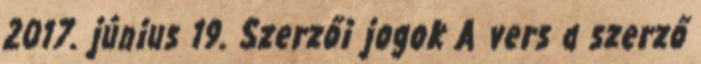
2017. június 19. Szerzői jogok A vers a szerző